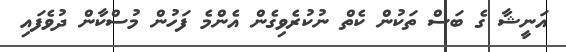
އަނީޝާ ގެ ބަސް ތަކުން ކެތް ނުކުރެވިގެން އެންމެ ފަހުން މުސްކާން ދުވެފައި